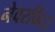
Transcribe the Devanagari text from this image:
नेवरविंटर